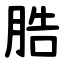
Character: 㬶